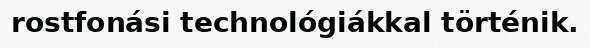
rostfonási technológiákkal történik.